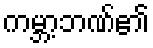
ကမ္ဘာ့ဘဏ်၏